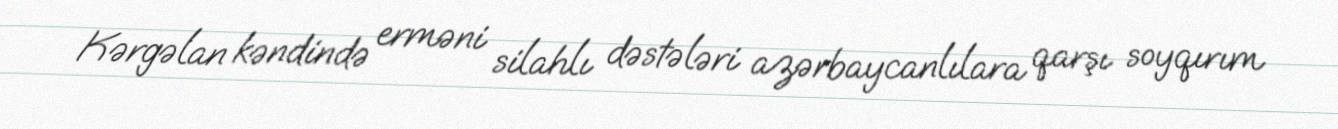
Kərgəlan kəndində erməni silahlı dəstələri azərbaycanlılara qarşı soyqırım